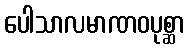
ပေါသာလမာဏဝပုစ္ဆာ